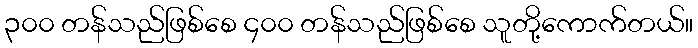
၃၀၀ တန်သည်ဖြစ်စေ ၄၀၀ တန်သည်ဖြစ်စေ သူတို့ကောက်တယ်။